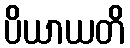
ပိယာယတိ